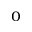
_ 0